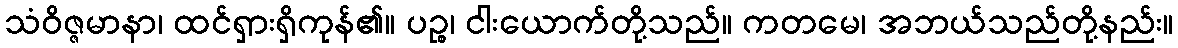
သံဝိဇ္ဇမာနာ၊ ထင်ရှားရှိကုန်၏။ ပဉ္စ၊ ငါးယောက်တို့သည်။ ကတမေ၊ အဘယ်သည်တို့နည်း။